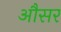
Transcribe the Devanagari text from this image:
औसर